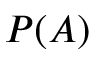
P ( A )